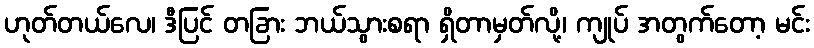
ဟုတ်တယ်လေ၊ ဒီပြင် တခြား ဘယ်သွားစရာ ရှိတာမှတ်လို့၊ ကျုပ် အတွက်တော့ မင်း